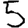
Digit: 5